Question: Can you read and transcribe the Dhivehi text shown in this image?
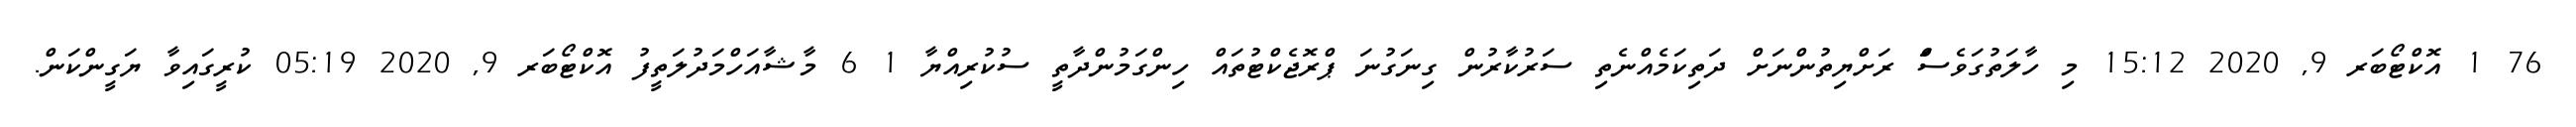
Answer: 76 1 އޮކްޓޯބަރ 9, 2020 15:12 މި ހާލަތުގަވެސަް ރަށްޔިތުންނަށް ދަތިކަމެއްނެތި ސަރުކާރުން ގިނަގުނަ ޕްރޮޖެކްޓުތައް ހިންގަމުންދާތީ ސުކުރިއްޔާ 1 6 މާޝާއަހްމަދުލަތީފު އޮކްޓޯބަރ 9, 2020 05:19 ކުރީގައިވާ ޔަގީންކަން.